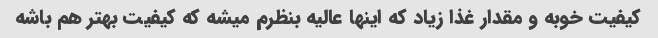
کیفیت خوبه و مقدار غذا زیاد که اینها عالیه بنظرم میشه که کیفیت بهتر هم باشه